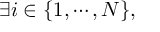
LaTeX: \exists i \in \{ 1 , \cdots , N \} ,